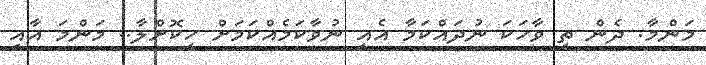
މަންމާ. ދެން ތި ވާހަކަ ނުދައްކަމާ އެއީ ނުވާކަމެއްކަމަށް ހީކޮށްލާ.. މަންމަ އާއި